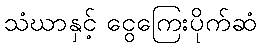
သံဃာနှင့် ငွေကြေးပိုက်ဆံ